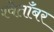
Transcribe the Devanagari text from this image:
श्वेताँबर